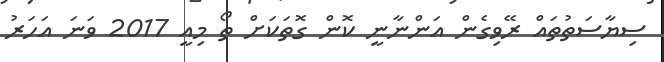
ސިޔާސަތުތައް ރޭވިގެން އަންނާނީ ކޮން ގޮތަކަށް ތޯ މިއީ 2017 ވަނަ އަހަރު